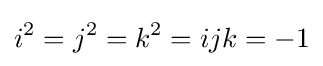
i^{2}=j^{2}=k^{2}=ijk=-1